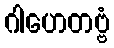
ဂါဟေတဗ္ဗံ